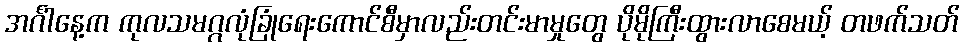
အင်္ဂါနေ့က ကုလသမဂ္ဂလုံခြုံရေးကောင်စီမှာလည်းတင်းမာမှုတွေ ပိုမိုကြီးထွားလာစေမယ့် တဖက်သတ်